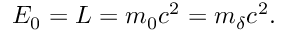
E _ { 0 } = L = m _ { 0 } c ^ { 2 } = m _ { \delta } c ^ { 2 } .